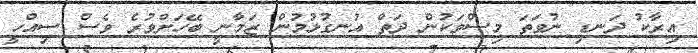
އިރާކު ދަނޑި ނުވަތަ މިސްވަކުން ދަތް އުނގުޅުމުން ޒަމާނީ ބޭހަށްވުރެ ވެސް ސިއްހީ